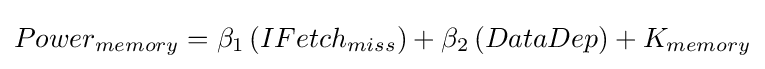
Powe{{r}_{memory}}={{\beta }_{1}}\left(IFetc{{h}_{miss}}\right)+{{\beta }_{2}}\left(DataDep\right)+{{K}_{memory}}